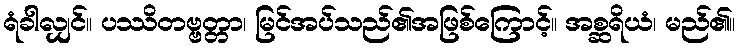
ရံခါလျှင်။ ပဿိတဗ္ဗတ္တာ၊ မြင်အပ်သည်၏အဖြစ်ကြောင့်။ အစ္ဆရိယံ၊ မည်၏။